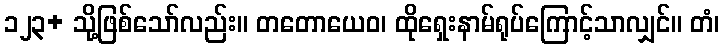
၁၂၃+ သို့ဖြစ်သော်လည်း။ တတောယေဝ၊ ထိုရှေးနာမ်ရုပ်ကြောင့်သာလျှင်။ တံ၊